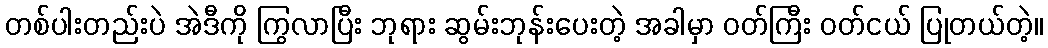
တစ်ပါးတည်းပဲ အဲဒီကို ကြွလာပြီး ဘုရား ဆွမ်းဘုန်းပေးတဲ့ အခါမှာ ဝတ်ကြီး ဝတ်ငယ် ပြုတယ်တဲ့။